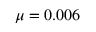
\mu = 0 . 0 0 6